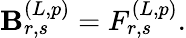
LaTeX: \mathbf{B}_{r,s}^{(L,p)}=F_{r,s}^{(L,p)}.